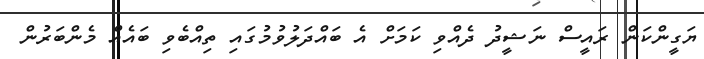
ޔަގީންކަން ރައީސް ނަޝީދު ދެއްވި ކަމަަށް އެ ބައްދަލުވުމުގައި ތިއްބެވި ބައެއް މެންބަރުން